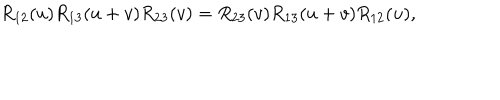
R _ { 1 2 } ( u ) R _ { 1 3 } ( u + v ) R _ { 2 3 } ( v ) = R _ { 2 3 } ( v ) R _ { 1 3 } ( u + v ) R _ { 1 2 } ( u ) ,